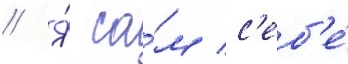
// Я́ са́м с'еб'е́